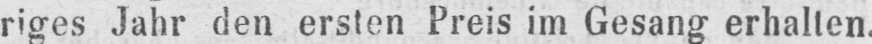
riges Jahr den ersten Preis im Gesang erhalten.